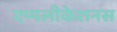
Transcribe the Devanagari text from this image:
एप्पलीकेशनस